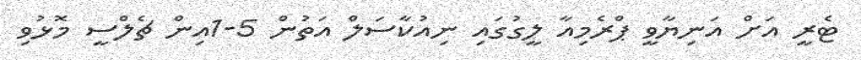
ޓެރީ އަށް އަނިޔާވީ ޕްރެމިއާ ލީގުގައި ނިއުކާސަލް އަތުން 5-1އިން ޗެލްސީ މޮޅުވި